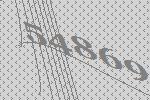
54869